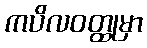
ကပိလဝတ္ထုမှာ